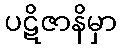
ပဋိဇာနိမှာ